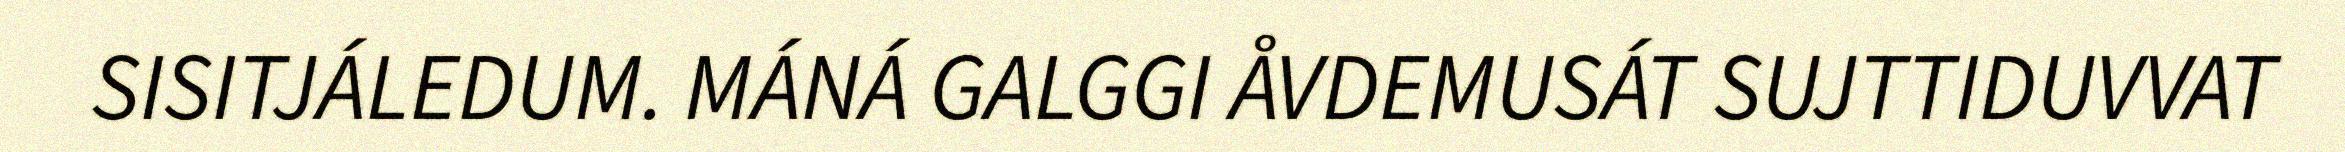
SISITJÁLEDUM. MÁNÁ GALGGI ÅVDEMUSÁT SUJTTIDUVVAT